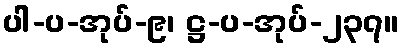
ပါ-ပ-အုပ်-၉၊ ဋ္ဌ-ပ-အုပ်-၂၃၇။